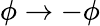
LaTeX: \phi\rightarrow-\phi